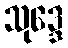
သုဒ္ဒေ